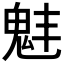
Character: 𩲗